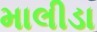
માલીડા